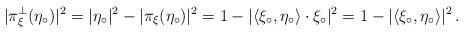
LaTeX: \begin{align*} |\pi_{\xi}^{\perp} (\eta_\circ)|^2 = |\eta_\circ|^2 - |\pi_{\xi} (\eta_\circ)|^2 = 1 - |\langle \xi_\circ, \eta_\circ \rangle \cdot \xi_\circ|^2 = 1 - |\langle \xi_\circ, \eta_\circ \rangle|^2 \, . \end{align*}